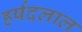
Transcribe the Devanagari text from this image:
हर्षदलाल